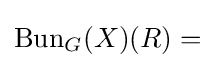
\operatorname {Bun} _{G}(X)(R)=